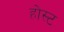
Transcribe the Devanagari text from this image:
होस्‍ट